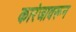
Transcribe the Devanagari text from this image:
कारंजावरून